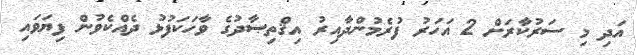
އަދި މި ސަރުކާރަށް 2 އަހަރު ފުރެމުންދާއިރު އިޤްތިޞާދުގެ ވާހަކަފުޅު ދެއްކެވުން ފިޔަވައި